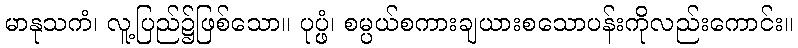
မာနုသကံ၊ လူ့ပြည်၌ဖြစ်သော။ ပုပ္ဖံ၊ စမ္ပယ်စကားချယားစသောပန်းကိုလည်းကောင်း။